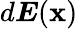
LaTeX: d{\boldsymbol{E}}({\boldsymbol{\mathbf{x}}})